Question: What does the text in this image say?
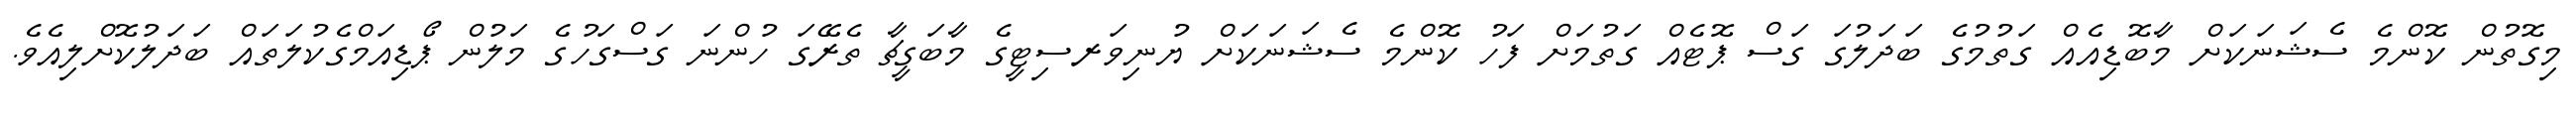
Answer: މިގޮތުން ކޮންމެ ސެޝަނަކަށް މާބޮޑިއެއް ގަތުމުގެ ބަދަލުގަ ގަސް ޕޮޓެއް ގަތުމަށް ފަހު ކޮންމެ ސެޝަނަކަށް ޔުނިވަރސިޓީގެ މާބަގީޗާ ތެރޭގަ ހުންނަ ގަސްގަހުގެ މަލުން ޕޯޑިއަމްގެކުލަތައް ބަދަލުކޮށްލިއެވެ.